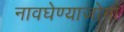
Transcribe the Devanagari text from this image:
नावघेण्याजोगा